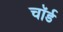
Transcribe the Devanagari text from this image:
चॉर्ड